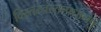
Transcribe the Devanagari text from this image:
विस्तस्तस्तत्प्रधानेषु